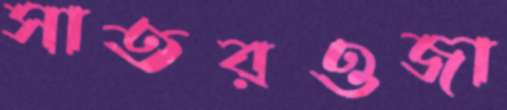
সাতরওজা